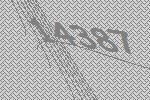
14387